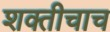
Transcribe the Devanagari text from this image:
शक्तीचाच